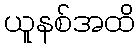
ယူနစ်အထိ